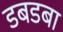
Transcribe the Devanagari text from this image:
डबडबा